Scottish Leaving Certificate Examination, 1953
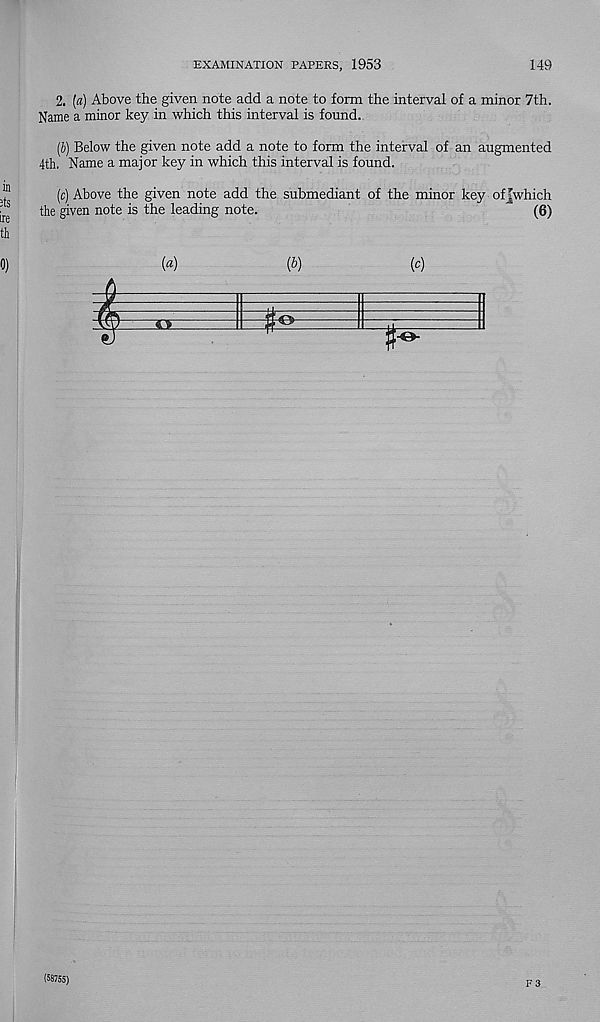
EXAMINATION PAPERS, 1953
149
2. (a) Above the given note add a note to form the interval of a minor 7th.
Name a minor key in which this interval is found.
(b) Below the given note add a note to form the interval of an augmented
4th. Name a major key in which this interval is found.
(c) Above the given note add the submediant of the minor key ofjwhich
the given note is the leading note.
(6)
(58755)
F 3